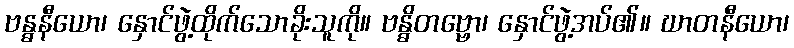
ဗန္ဓနီယော၊ နှောင်ဖွဲ့ထိုက်သောခိုးသူကို။ ဗန္ဓိတဗ္ဗော၊ နှောင်ဖွဲ့အပ်၏။ ဃာတနီယော၊